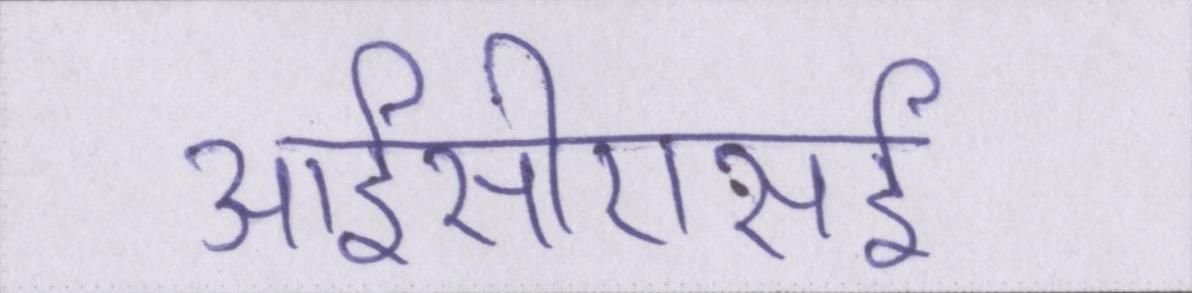
आईसीएसई